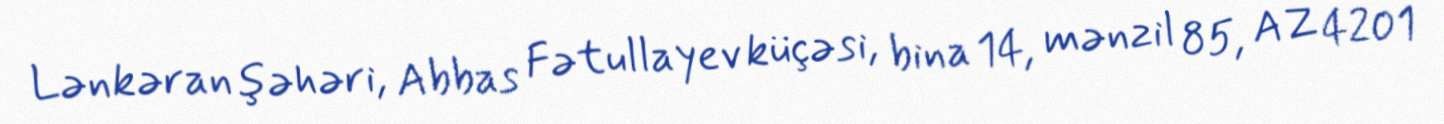
Lənkəran şəhəri, Abbas Fətullayev küçəsi, bina 14, mənzil 85, AZ 4201